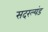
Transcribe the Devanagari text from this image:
सदरल्यंड